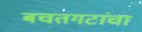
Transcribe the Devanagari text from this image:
बचतगटांचा